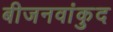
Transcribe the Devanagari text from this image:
बीजनवांकुद